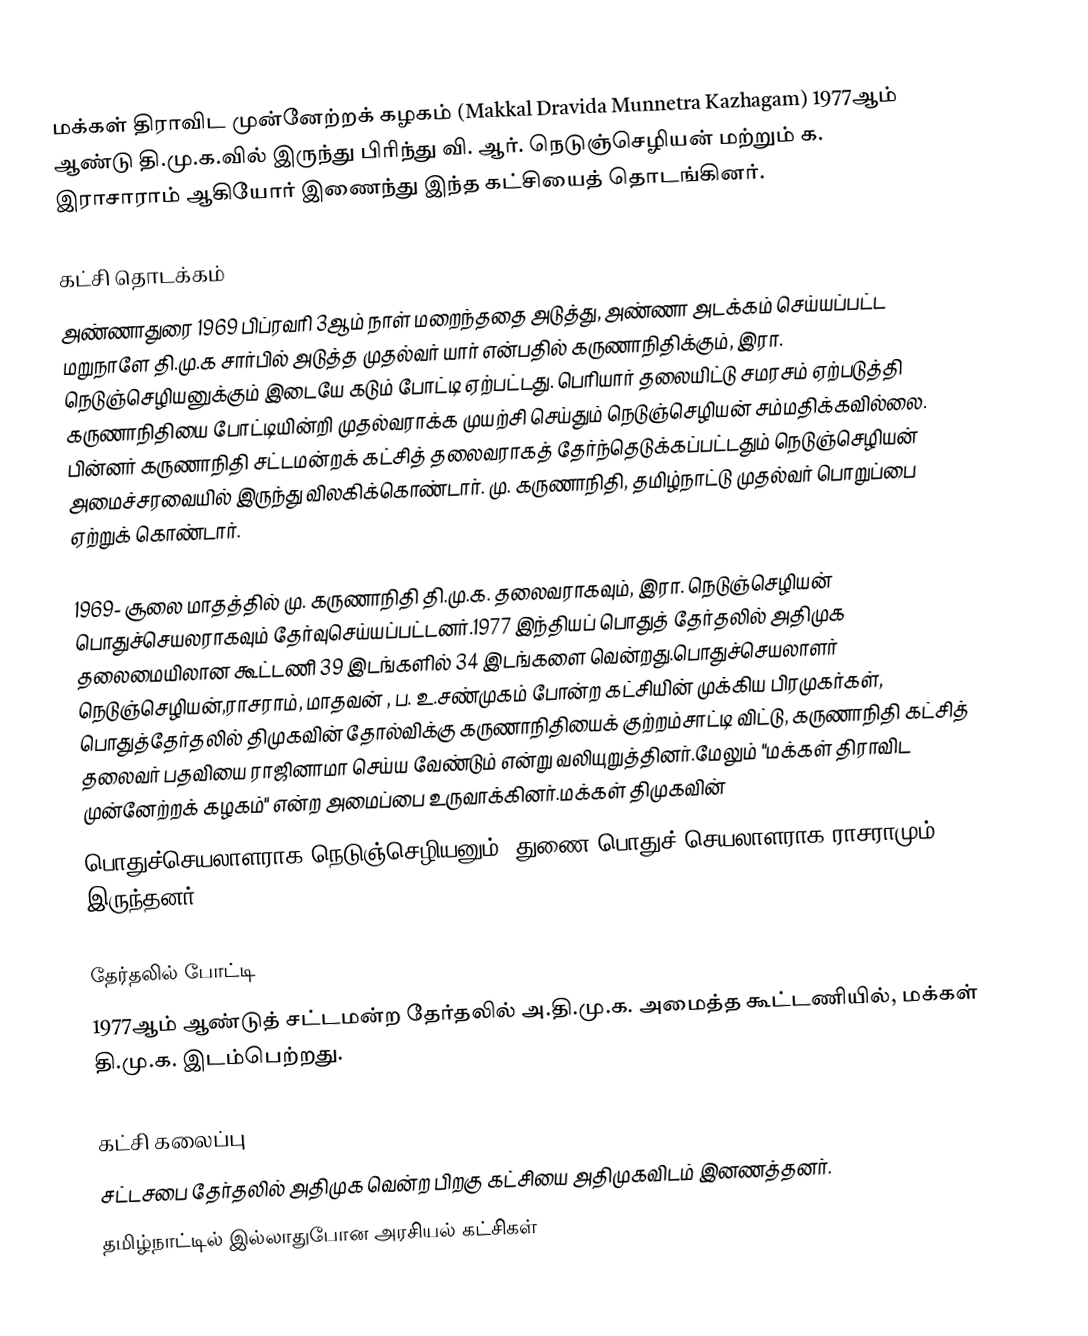
மக்கள் திராவிட முன்னேற்றக் கழகம் (Makkal Dravida Munnetra Kazhagam) 1977ஆம் ஆண்டு தி.மு.க.வில் இருந்து பிரிந்து வி. ஆர். நெடுஞ்செழியன் மற்றும் க. இராசாராம் ஆகியோர் இணைந்து இந்த கட்சியைத் தொடங்கினர்.

கட்சி தொடக்கம்
அண்ணாதுரை 1969 பிப்ரவரி 3ஆம் நாள் மறைந்ததை அடுத்து, அண்ணா அடக்கம் செய்யப்பட்ட மறுநாளே தி.மு.க சார்பில் அடுத்த முதல்வர் யார் என்பதில் கருணாநிதிக்கும், இரா. நெடுஞ்செழியனுக்கும் இடையே கடும் போட்டி ஏற்பட்டது. பெரியார் தலையிட்டு சமரசம் ஏற்படுத்தி கருணாநிதியை போட்டியின்றி முதல்வராக்க முயற்சி செய்தும் நெடுஞ்செழியன் சம்மதிக்கவில்லை. பின்னர்  கருணாநிதி சட்டமன்றக் கட்சித் தலைவராகத் தேர்ந்தெடுக்கப்பட்டதும் நெடுஞ்செழியன் அமைச்சரவையில் இருந்து விலகிக்கொண்டார். மு. கருணாநிதி, தமிழ்நாட்டு முதல்வர் பொறுப்பை ஏற்றுக் கொண்டார்.

1969- சூலை மாதத்தில் மு. கருணாநிதி தி.மு.க. தலைவராகவும், இரா. நெடுஞ்செழியன் பொதுச்செயலராகவும் தேர்வுசெய்யப்பட்டனர்.1977 இந்தியப் பொதுத் தேர்தலில் அதிமுக தலைமையிலான கூட்டணி 39 இடங்களில் 34 இடங்களை வென்றது.பொதுச்செயலாளர் நெடுஞ்செழியன்,ராசராம், மாதவன் , ப. உ.சண்முகம்  போன்ற கட்சியின் முக்கிய பிரமுகர்கள், பொதுத்தேர்தலில் திமுகவின் தோல்விக்கு கருணாநிதியைக் குற்றம்சாட்டி விட்டு, கருணாநிதி கட்சித் தலைவர் பதவியை ராஜினாமா செய்ய வேண்டும் என்று வலியுறுத்தினர்.மேலும் "மக்கள் திராவிட முன்னேற்றக் கழகம்" என்ற அமைப்பை உருவாக்கினர்.மக்கள் திமுகவின்
பொதுச்செயலாளராக நெடுஞ்செழியனும், துணை பொதுச் செயலாளராக ராசராமும் இருந்தனர்.

தேர்தலில் போட்டி
1977ஆம் ஆண்டுத் சட்டமன்ற தேர்தலில் அ.தி.மு.க. அமைத்த கூட்டணியில், மக்கள் தி.மு.க. இடம்பெற்றது.

கட்சி கலைப்பு
சட்டசபை தேர்தலில் அதிமுக வென்ற பிறகு கட்சியை அதிமுகவிடம் இனணத்தனர்.
தமிழ்நாட்டில் இல்லாதுபோன அரசியல் கட்சிகள்